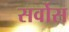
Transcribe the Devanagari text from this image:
सर्वोस